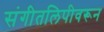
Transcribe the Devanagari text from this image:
संगीतलिपीवरून